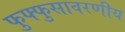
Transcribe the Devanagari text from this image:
फुफ्फुसावरणीय